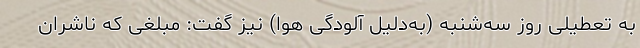
به تعطیلی روز سه‌شنبه (به‌دلیل آلودگی هوا) نیز گفت: مبلغی که ناشران